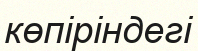
көпіріндегі